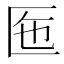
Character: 𠤷